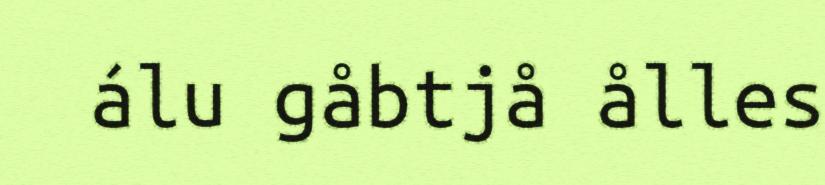
álu gåbtjå ålles